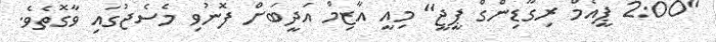
"2:00 ޕީއެމް ރިގާޑިންގް ޕީޖީ" މިއީ އާޒިމް އަދީބަށް ފޮނުވި މެސެޖުގައި ވާގޮތެވެ.